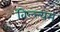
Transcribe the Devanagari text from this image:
विल्ल्यम